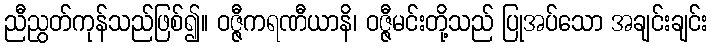
ညီညွတ်ကုန်သည်ဖြစ်၍။ ဝဇ္ဇီကရဏီယာနိ၊ ဝဇ္ဇီမင်းတို့သည် ပြုအပ်သော အချင်းချင်း